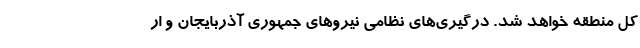
کل منطقه خواهد شد. درگیری‌های نظامی نیروهای جمهوری آذربایجان و ار